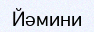
Йәмини